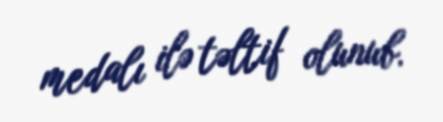
medalı ilə təltif olunub.